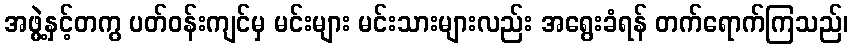
အဖွဲ့နှင့်တကွ ပတ်ဝန်းကျင်မှ မင်းများ မင်းသားများလည်း အရွေးခံရန် တက်ရောက်ကြသည်၊